Indian journal of veterinary science and animal husbandry - Volumes 26-27, 1956-1957
Year: 1956
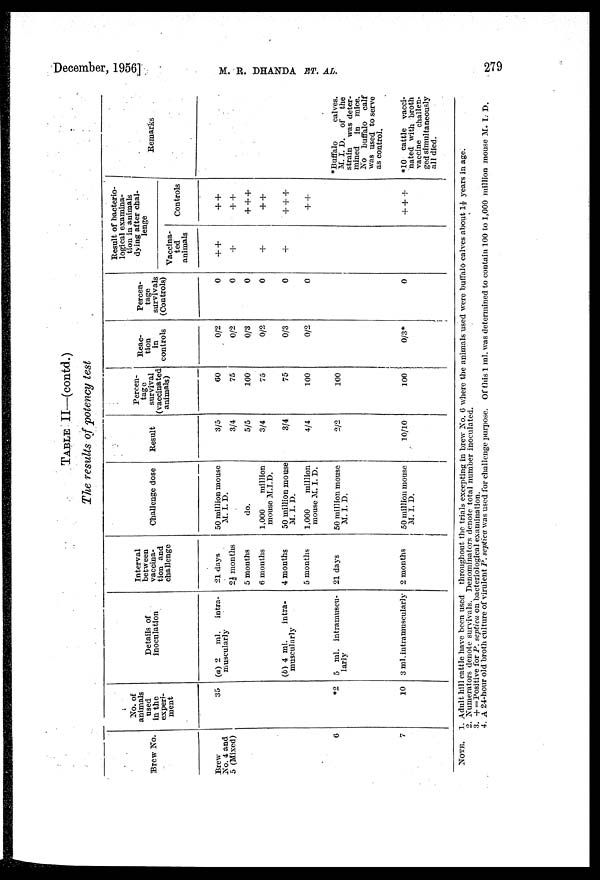
December, 1956]
M.
R.
DHANDA
ET.
AL.
279
TABLE II—(contd.)
The results of potency test
Brew No.
Brew
No. 4 and
5 (Mixed)
6
7
No. of
animals
used
in the
experi-
ment
35
*2
10
Details of
inoculation
(a) 2
ml.
intra-
muscularly
(b) 4 ml.
intra-
muscularly
5 ml. intramuscu-
larly
3 ml. intramuscularly
Interval
between
vaccina-
tion and
challenge
21 days
2½ months
5 months
6 months
4 months
5 months
21 days
2 months
Challenge dose
50 million mouse
M. I. D.
do.
1,000
million
mouse M.I.D.
50 million mouse
M. I. D.
1,000
million
mouse M. I. D.
50 million mouse
M. I. D.
50 million mouse
M. I. D.
Result
3/5
3/4
5/5
3/4
3/4
4/4
2/2
10/10
Percen-
tage
survival
(vaccinated
animals)
60
75
100
75
75
100
100
100
Reac-
tion
in
controls
0/2
0/2
0/3
0/2
0/3
0/2
0/3*
Percen-
tage
survivals
(Controls)
0
0
0
0
0
0
0
Result of bacterio-
logical examina-
tion in animals
dying after chal-
lenge
Vaccina-
ted
animals
++
+
+
+
Controls
++
++
+++
++
+++
++
+++
Remarks
*Buffalo
calves.
M. I. D. of the
strain was deter-
mined in mice.
No buffalo
calf
was used to serve
as control.
*10 cattle vacci-
nated with broth
vaccine
challen-
ged simultaneously
all died.
NOTE. 1. Adult hill cattle have been used throughout the trials excepting in brew No. 6 where the animals used were buffalo calves about 1½ years in age.
2. Numerators denote survivals. Denominators denote total number inoculated.
3. + = Positive for P. septica on bacteriological examination.
4. A 24-hour old broth culture of virulent P. septica was used for challenge purpose. Of this 1 ml. was determined to contain 100 to 1,000 million mouse M. I. D.